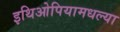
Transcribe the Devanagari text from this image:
इथिओपियामधल्या